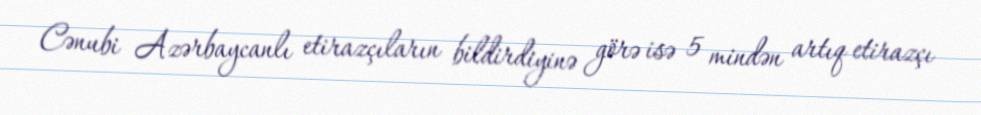
Cənubi Azərbaycanlı etirazçıların bildirdiyinə görə isə 5 mindən artıq etirazçı